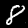
Digit: 8